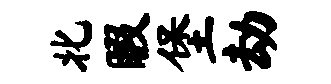
北暇堡劫